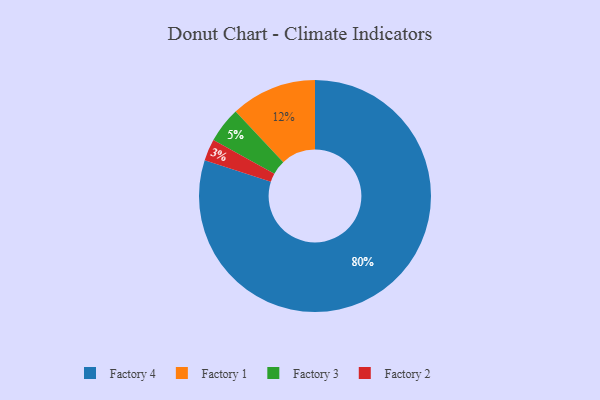
{"axis": {"x": "Category", "y": "Percentage"}, "legend": ["Factory 1", "Factory 2", "Factory 3", "Factory 4"], "data": [{"x": "Factory 1", "y": 12, "type": "Factory 1"}, {"x": "Factory 2", "y": 3, "type": "Factory 2"}, {"x": "Factory 4", "y": 80, "type": "Factory 4"}, {"x": "Factory 3", "y": 5, "type": "Factory 3"}]}